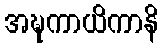
အဍ္ဎကာယိကာနိ